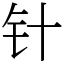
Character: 针